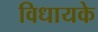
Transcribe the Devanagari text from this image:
विधायके